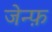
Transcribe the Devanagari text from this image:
जेन्फ़